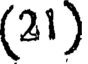
(21)